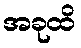
အခုထိ